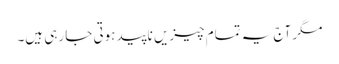
مگر آج یہ تمام چیزیں ناپید ہوتی جا رہی ہیں۔